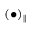
( \bullet ) _ { \| }